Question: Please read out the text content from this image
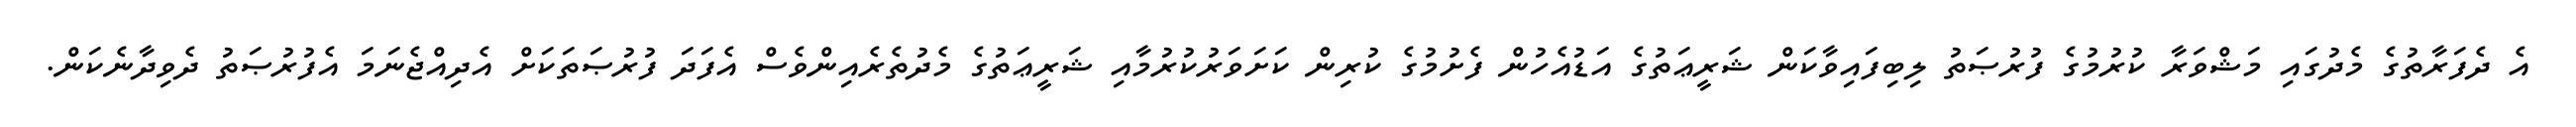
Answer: އެ ދެފަރާތުގެ މެދުގައި މަޝްވަރާ ކުރުމުގެ ފުރުޞަތު ލިބިފައިވާކަން ޝަރީޢަތުގެ އަޑުއެހުން ފެށުމުގެ ކުރިން ކަށަވަރުކުރުމާއި ޝަރީޢަތުގެ މެދުތެރެއިންވެސް އެފަދަ ފުރުޞަތަކަށް އެދިއްޖެނަމަ އެފުރުޞަތު ދެވިދާނެކަން.